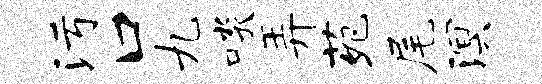
污口九啖弄苑尾溟